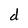
Character: d